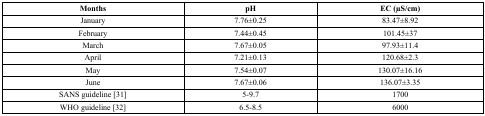
| Months | pH | EC (μS/cm) |
 | --- | --- | --- |
 | January | 7.76±0.25 | 83.47±8.92 |
 | February | 7.44±0.45 | 101.45±37 |
 | March | 7.67±0.05 | 97.93±11.4 |
 | April | 7.21±0.13 | 120.68±2.3 |
 | May | 7.54±0.07 | 130.07±16.16 |
 | June | 7.67±0.06 | 136.07±3.35 |
 | SANS guideline [31] | 5-9.7 | 1700 |
 | WHO guideline [32] | 6.5-8.5 | 6000 |